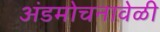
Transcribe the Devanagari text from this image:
अंडमोचनावेळी